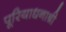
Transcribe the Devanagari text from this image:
पूरियाधनाश्री